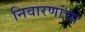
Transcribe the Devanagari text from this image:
निवारणांचा